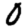
Digit: 0